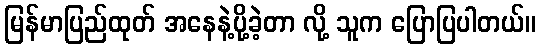
မြန်မာပြည်ထုတ် အနေနဲ့ပို့ခဲ့တာ လို့ သူက ပြောပြပါတယ်။